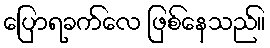
ပြောရခက်လေ ဖြစ်နေသည်။